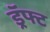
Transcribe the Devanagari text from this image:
ड्रॅफ्ट